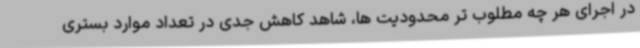
در اجرای هر چه مطلوب تر محدودیت ها، شاهد کاهش جدی در تعداد موارد بستری